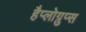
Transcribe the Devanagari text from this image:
हैप्लोग्रुप्स